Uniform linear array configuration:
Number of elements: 4
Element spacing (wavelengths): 0.5
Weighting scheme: exponential
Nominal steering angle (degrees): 45
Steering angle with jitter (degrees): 46.772
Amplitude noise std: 0.05
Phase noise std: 0.05

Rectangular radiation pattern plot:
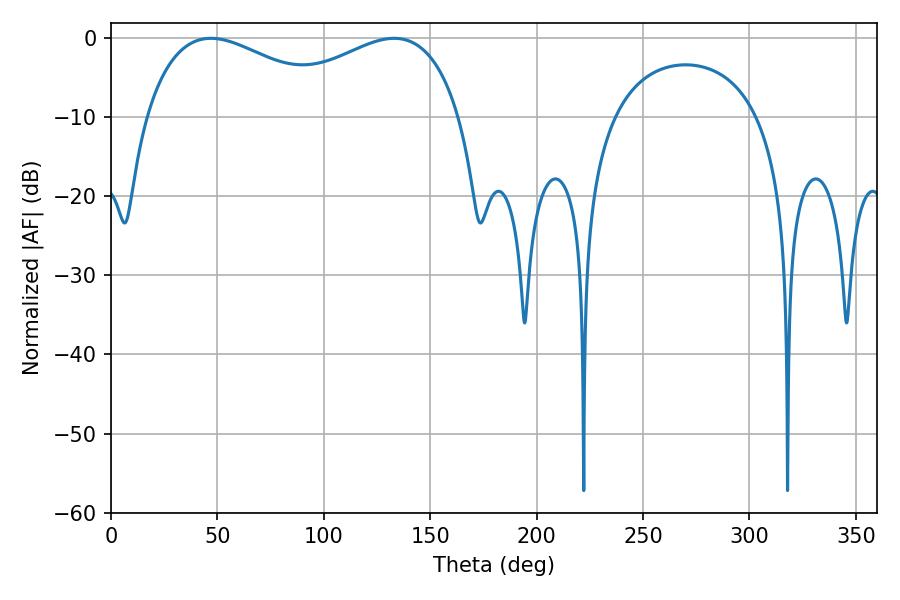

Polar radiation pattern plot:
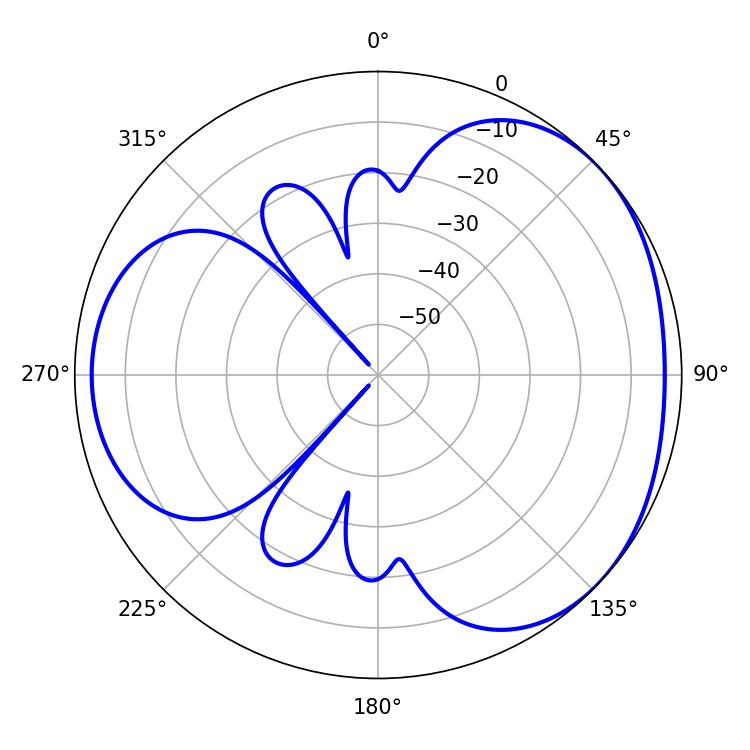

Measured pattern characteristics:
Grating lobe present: FALSE
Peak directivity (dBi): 3.311
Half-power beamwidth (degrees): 52.38
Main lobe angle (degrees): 46.98